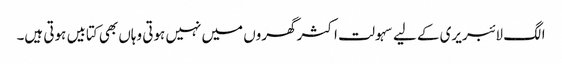
الگ لائبریری کے لیے سہولت اکثر گھروں میں نہیں ہوتی وہاں بھی کتابیں ہوتی ہیں۔